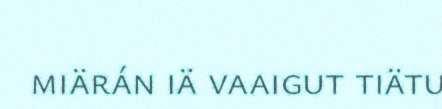
miärán iä vaaigut tiätu